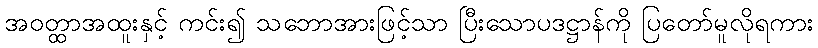
အဝတ္ထာအထူးနှင့် ကင်း၍ သဘောအားဖြင့်သာ ပြီးသောပဒဋ္ဌာန်ကို ပြတော်မူလိုရကား